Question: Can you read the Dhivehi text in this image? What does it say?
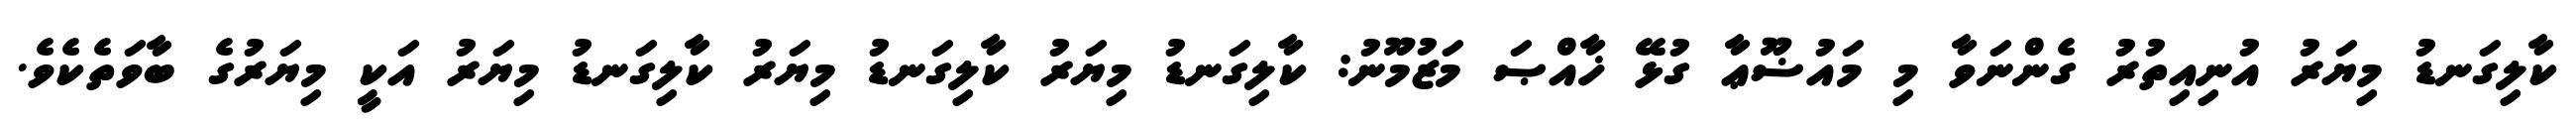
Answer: ކާލިގަނޑު މިޔަރު އުނިއިތުރު ގެންނަވާ މި މައުޟޫޢާ ގުޅޭ ޚާއްޞަ މަޒުމޫނު: ކާލިގަނޑު މިޔަރު ކާލިގަނޑު މިޔަރު ކާލިގަނޑު މިޔަރު އަކީ މިޔަރުގެ ބާވަތެކެވެ.